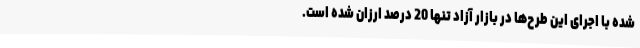
شده با اجرای این طرح‌ها در بازار آزاد تنها 20 درصد ارزان شده است.